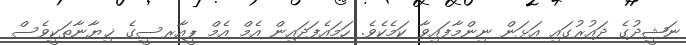
ނަޝީދުގެ ދައުރުގައި އަޅަން ނިންމާފައިވާ ކަމެކެވެ. ހަމައެފަދައިން އެމް އެމް ޕީއާރސީގެ ޚިޔާނާތަކީވެސް